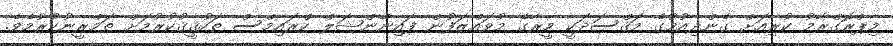
މިޕްރޮގްރާމު ކުރިއަށް ގެންދިއުމުގެ މަޤްސަދަކީ މީރާގެ މުވައްޒަފުން ފައިނޭންޝަލް ކްރައިމްސް ތަހުޤީޤުކުރުމަށް ތަމްރީނުކުރުމެވެ.